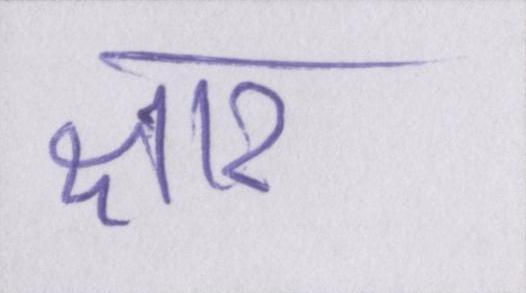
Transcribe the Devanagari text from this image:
क्षार